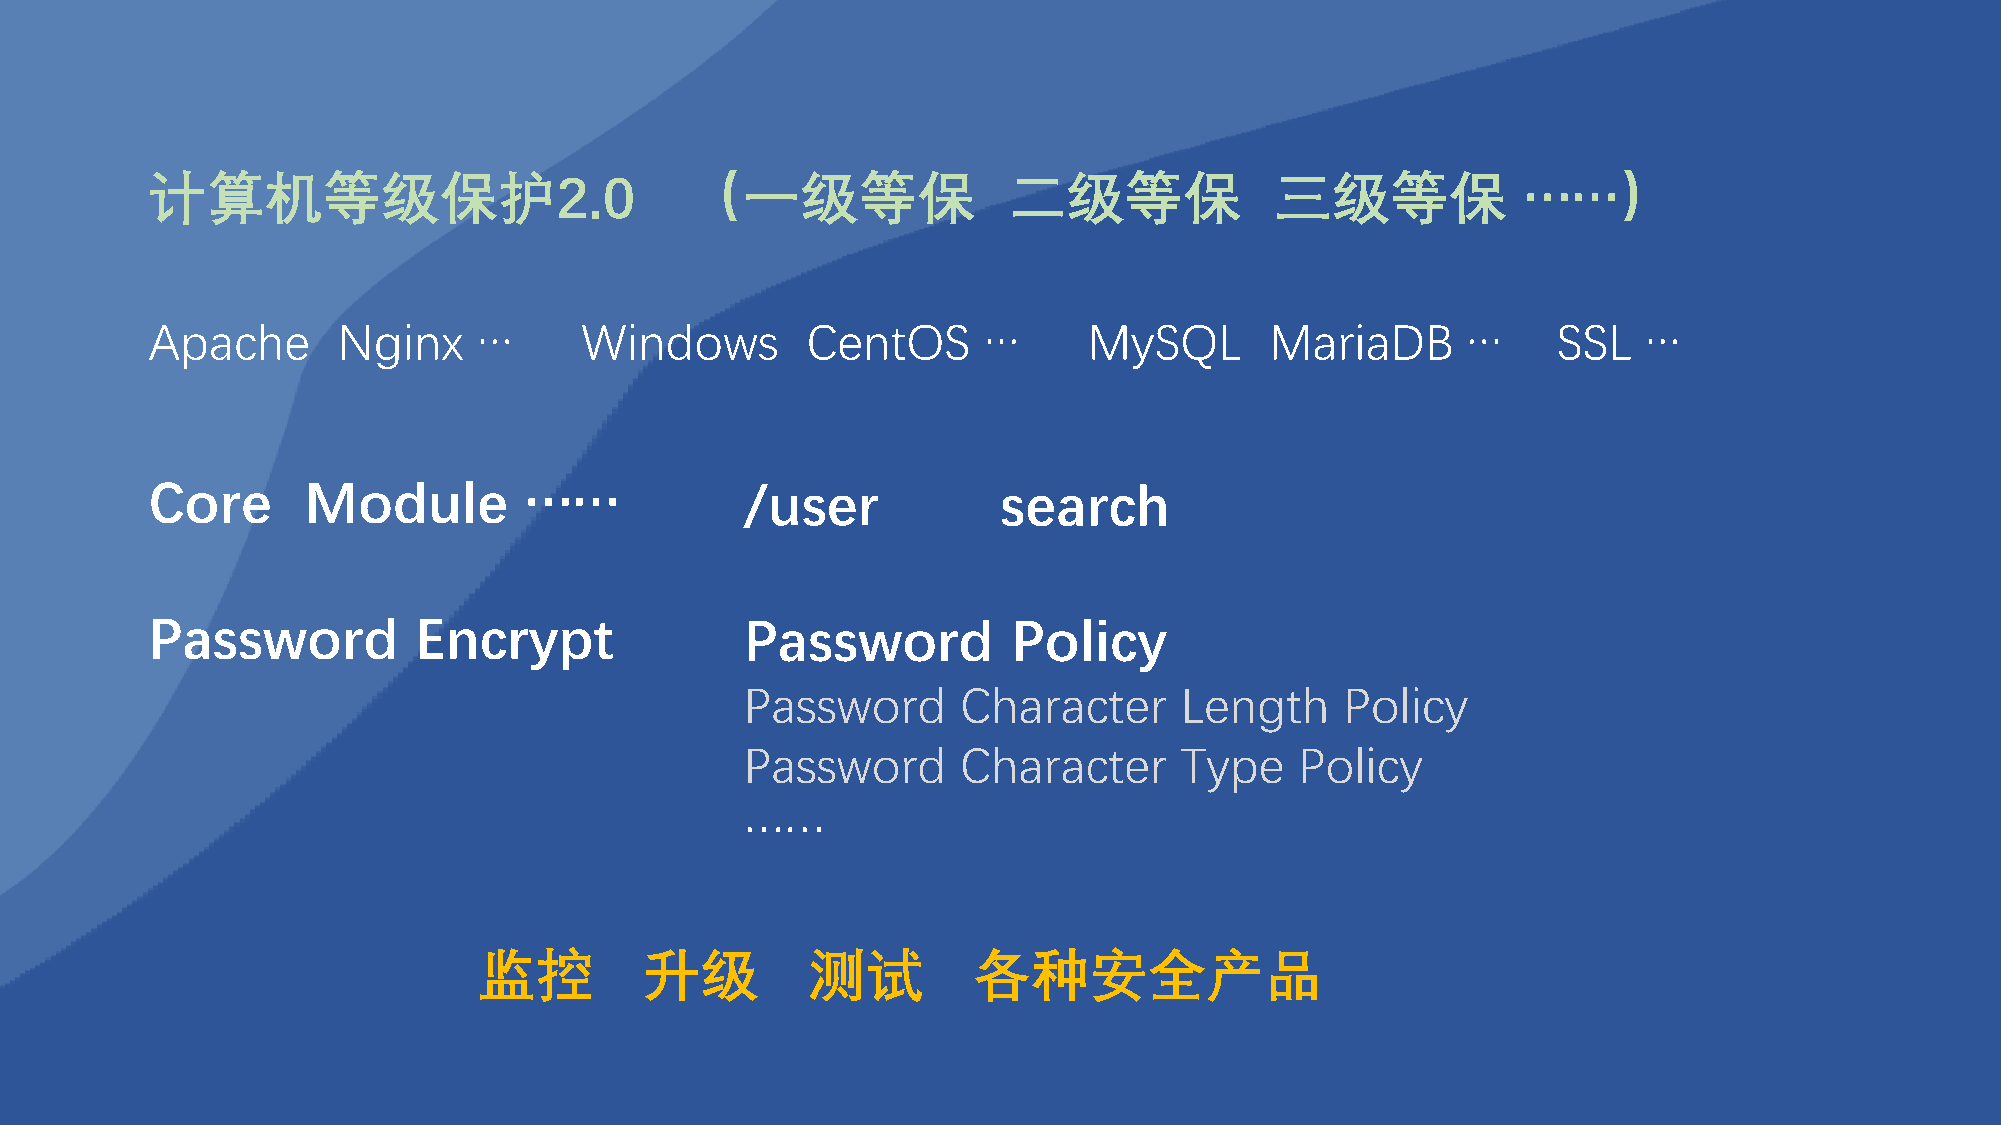
计算机等级保护2.0                         （一级等保                 二级等保             三级等保             ……）
 Apache      Nginx     …     Windows        CentOS      …      MySQL       MariaDB      …     SSL   …
 Core      Module         ……            /user            search
 Password         Encrypt               Password          Policy
 Password       Character     Length     Policy
 Password       Character     Type    Policy
 ……
 监控         升级        测试         各种安全产品